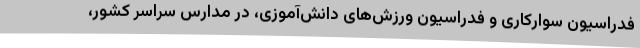
فدراسیون سوارکاری و فدراسیون ورزش‌های دانش‌آموزی، در مدارس سراسر کشور،